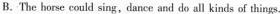
B.The horse could sing,dance and doall kinds of things.